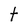
Character: t